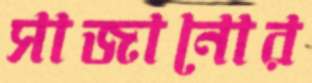
সাজানোর